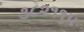
૩૮૨૧૧૫